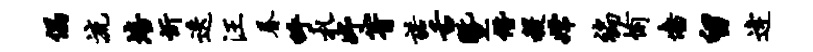
偶流培忻迭汪眷呼札妤箐诺舌暨僭稷嫦褊愉墙留逄